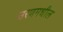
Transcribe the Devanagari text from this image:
उरणमधील